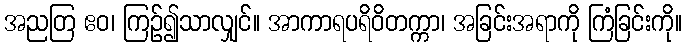
အညတြ ဧဝ၊ ကြဉ်၍သာလျှင်။ အာကာရပရိဝိတက္ကာ၊ အခြင်းအရာကို ကြံခြင်းကို။